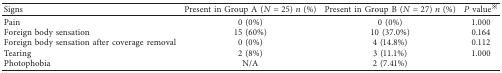
<table><thead><tr><td><b>Signs</b></td><td><b>Present in Group A (<i>N</i>=25) <i>n</i> (%)</b></td><td><b>Present in Group B (<i>N</i>=27) <i>n</i> (%)</b></td><td><b><i>P</i> value<sup>※</sup></b></td></tr></thead><tbody><tr><td>Pain</td><td>0 (0%)</td><td>0 (0%)</td><td>1.000</td></tr><tr><td>Foreign body sensation</td><td>15 (60%)</td><td>10 (37.0%)</td><td>0.164</td></tr><tr><td>Foreign body sensation after coverage removal</td><td>0 (0%)</td><td>4 (14.8%)</td><td>0.112</td></tr><tr><td>Tearing</td><td>2 (8%)</td><td>3 (11.1%)</td><td>1.000</td></tr><tr><td>Photophobia</td><td>N/A</td><td>2 (7.41%)</td><td> </td></tr></tbody></table>